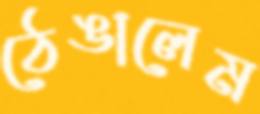
ঠেঙালেম